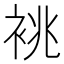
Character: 𫋺